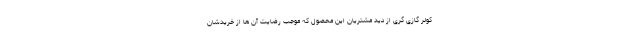
کولر گازی گری از دید مشتریان این محصول که موجب رضایت آن ها از خریدشان